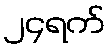
၂၄ရက်